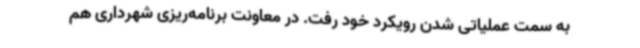
به سمت عملیاتی شدن رویکرد خود رفت. در معاونت برنامه‌ریزی شهرداری هم